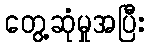
တွေ့ဆုံမှုအပြီး